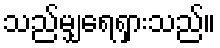
သည်မျှရေရှားသည်။